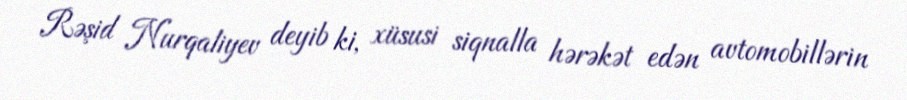
Rəşid Nurqaliyev deyib ki, xüsusi siqnalla hərəkət edən avtomobillərin